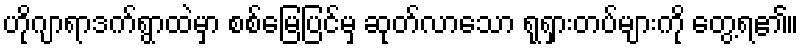
ဟိုဂျာရာဒက်ရွာထဲမှာ စစ်မြေပြင်မှ ဆုတ်လာသော ရုရှားတပ်များကို တွေ့ရ၏။